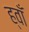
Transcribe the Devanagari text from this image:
ह्वाँ